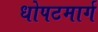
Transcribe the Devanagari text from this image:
धोपटमार्ग